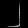
Digit: ၂